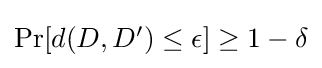
\textstyle \Pr[d(D,D')\leq \epsilon ]\geq 1-\delta